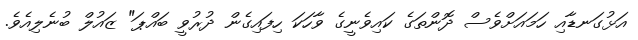
އަޅުގަނޑާއި ހަމައަށްވެސް ދޮންތަގެ ކައިވެނީގެ ވާހަކަ ހިފައިގެން ދުރުވީ ބައްޕަ" ޒައުލް ބުނެލިއެވެ.